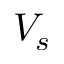
V _ { s }